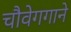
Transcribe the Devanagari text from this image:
चौवेगगाने